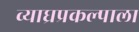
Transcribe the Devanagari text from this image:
व्याघ्रप्रकल्पाला